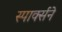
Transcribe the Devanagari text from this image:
स्पार्क्‍सने